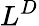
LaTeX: L^{D}